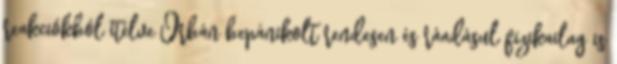
reakciókból ítélve Orbán bepánikolt rendesen és ráadásul fizikailag is